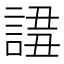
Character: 𧩖